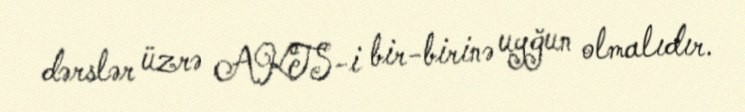
dərslər üzrə AKTS-i bir-birinə uyğun olmalıdır.